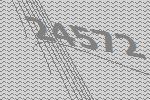
24572